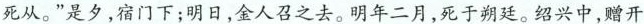
死从。”是夕，宿门下；明日，金人召之去。明年二月，死于朔廷。绍兴中，赠开